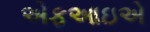
એફઆઇએ